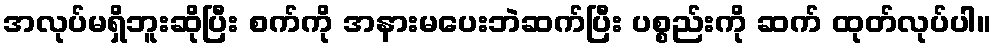
အလုပ်မရှိဘူးဆိုပြီး စက်ကို အနားမပေးဘဲဆက်ပြီး ပစ္စည်းကို ဆက် ထုတ်လုပ်ပါ။